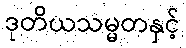
ဒုတိယသမ္မတနှင့်